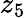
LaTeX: z_{5}